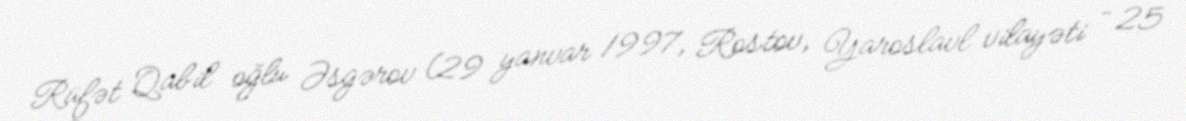
Rüfət Qabil oğlu Əsgərov (29 yanvar 1997, Rostov, Yaroslavl vilayəti – 25